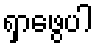
ရှာဖွေပါ